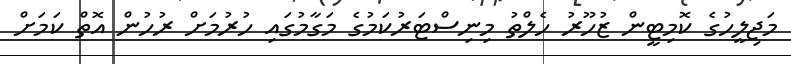
މަޖިލީހުގެ ކޮމިޓީން ޒުހޫރު ހެލްތު މިނިސްޓަރުކަމުގެ މަގާމުގައި ހުރުމަށް ރުހުން އޮތް ކަމަށް